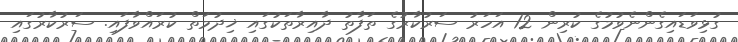
ގުޅިވަޑައިގެންނެވުމުގެ ކުރިން 12 އަހަރު ސަރުކާރުގެ ތަފާތު ދާއިރާތަކުގައި ޚިދުމަތް ކުރައްވާފައި. ސަރުކާރުގައި